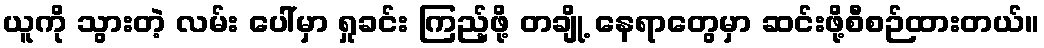
ယူကို သွားတဲ့ လမ်း ပေါ်မှာ ရှုခင်း ကြည့်ဖို့ တချို့ နေရာတွေမှာ ဆင်းဖို့စီစဉ်ထားတယ်။